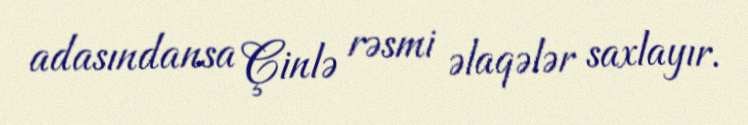
adasındansa Çinlə rəsmi əlaqələr saxlayır.